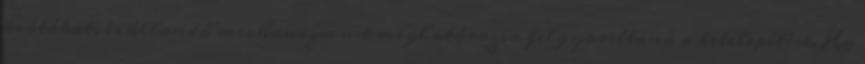
kvótákat, és állandó mechanizmust meghatározva felgyorsítaná a betelepítést. Ha